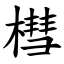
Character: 槥